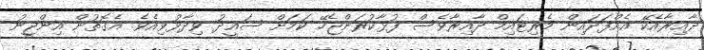
ދާއިރާއެކޭ އެއްފަދައިން މެރިޓައިމް ދާއިރާވެސް ފުޅާކުރަންޖެހޭ ކަމަށް ސައީދު ވިދާޅުވިއެވެ. އެގޮތުން އިންޖީނު